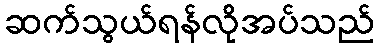
ဆက်သွယ်ရန်လိုအပ်သည်